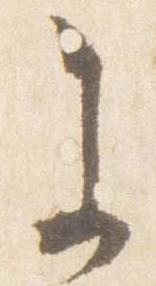
参